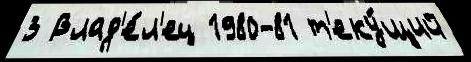
3 Влад'е́л'ец 1980-81 т'еку́щий